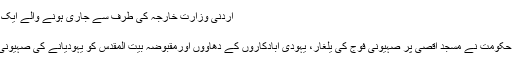
اردنی وزارت خارجہ کی طرف سے جاری ہونے والے ایک بیان میں کہا گیا ہے کہ مسجد …
فروری 6, 2019	227
عمان (مانیٹرنگ ڈیسک)اردن کی حکومت نے مسجد اقصیٰ پر صہیونی فوج کی یلغار، یہودی آبادکاروں کے دھاووں اورمقبوضہ بیت المقدس کو یہودیانے کی صہیونی سازشوں کی شدید مذمت کی ہے۔